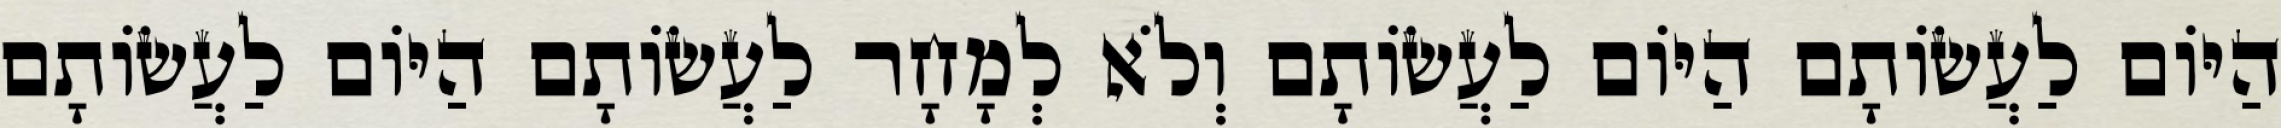
הַיּוֹם לַעֲשׂוֹתָם הַיּוֹם לַעֲשׂוֹתָם וְלֹא לְמָחָר לַעֲשׂוֹתָם הַיּוֹם לַעֲשׂוֹתָם